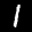
Label: 1